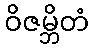
ဝိဇမ္ဘိတံ